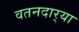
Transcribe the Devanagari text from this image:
वतनदार्‍या